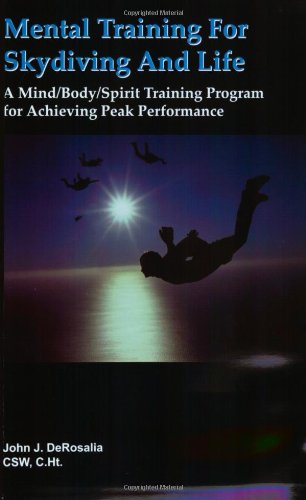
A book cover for Mental Training for Skydiving and Life; John DeRosalia; Sports & Outdoors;